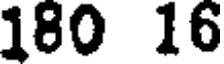
180 16